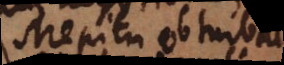
strepitu obturbatus